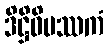
ဒိဋ္ဌိဝိပဿကံ